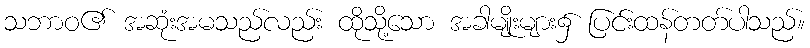
သဘာဝ၏ အဆုံးအမသည်လည်း ထိုသို့သော အခါမျိုးများ၌ ပြင်းထန်တတ်ပါသည်။